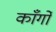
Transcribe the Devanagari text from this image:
काँर्गो